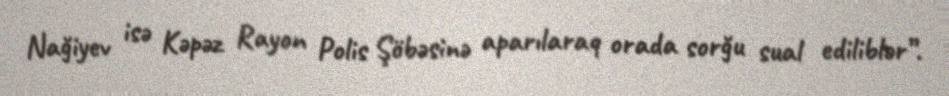
Nağiyev isə Kəpəz Rayon Polis Şöbəsinə aparılaraq orada sorğu sual ediliblər”.